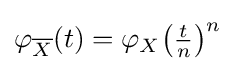
\varphi _{\overline {X}}(t)=\varphi _{X}\!\left({\tfrac {t}{n}}\right)^{n}